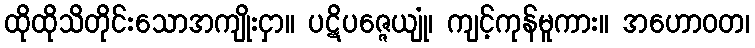
ထိုထိုသိတိုင်းသောအကျိုးငှာ။ ပဋိပဇ္ဇေယျုံ၊ ကျင့်ကုန်မူကား။ အဟောဝတ၊